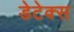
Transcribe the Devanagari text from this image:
डेटेक्स